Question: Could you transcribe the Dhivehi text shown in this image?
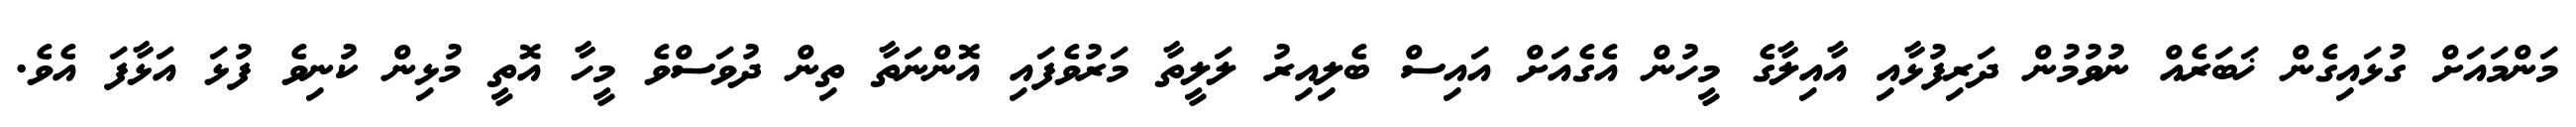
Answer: މަންމައަށް ގުޅައިގެން ޚަބަރެއް ނުވުމުން ދަރިފުޅާއި އާއިލާގެ މީހުން އެގެއަށް އައިސް ބެލިއިރު ލަލީތާ މަރުވެފައި އޮންނަތާ ތިން ދުވަސްވެ މީހާ އޮތީ މުޅިން ކުނިވެ ފުޅަ އަޅާފަ އެވެ.